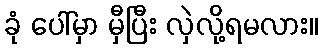
ခုံ ပေါ်မှာ မှီပြီး လှဲလို့ရမလား။